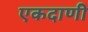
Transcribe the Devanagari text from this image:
एकदाणी